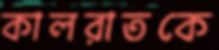
কালরাতকে